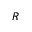
R